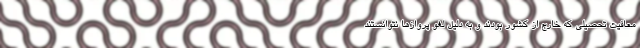
معافیت تحصیلی که خارج از کشور بودند و به دلیل لغو پرواز‌ها نتوانستند